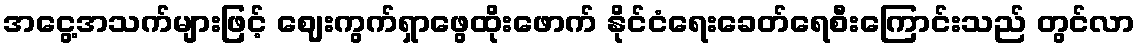
အငွေ့အသက်များဖြင့် ဈေးကွက်ရှာဖွေထိုးဖောက် နိုင်ငံရေးခေတ်ရေစီးကြောင်းသည် တွင်လာ